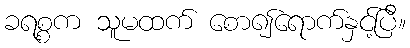
ခရစ္စက သူမထက် စော၍ရောက်နှင့်ပြီ။